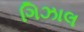
ગિઝાલ